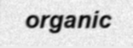
organic